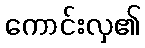
ကောင်းလှ၏